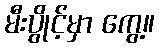
မီးပွိုင့်မှာ ကွေ့။